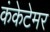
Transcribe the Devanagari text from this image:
कंकेटेमर